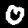
Digit: 0